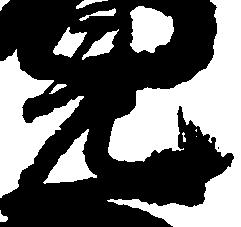
元